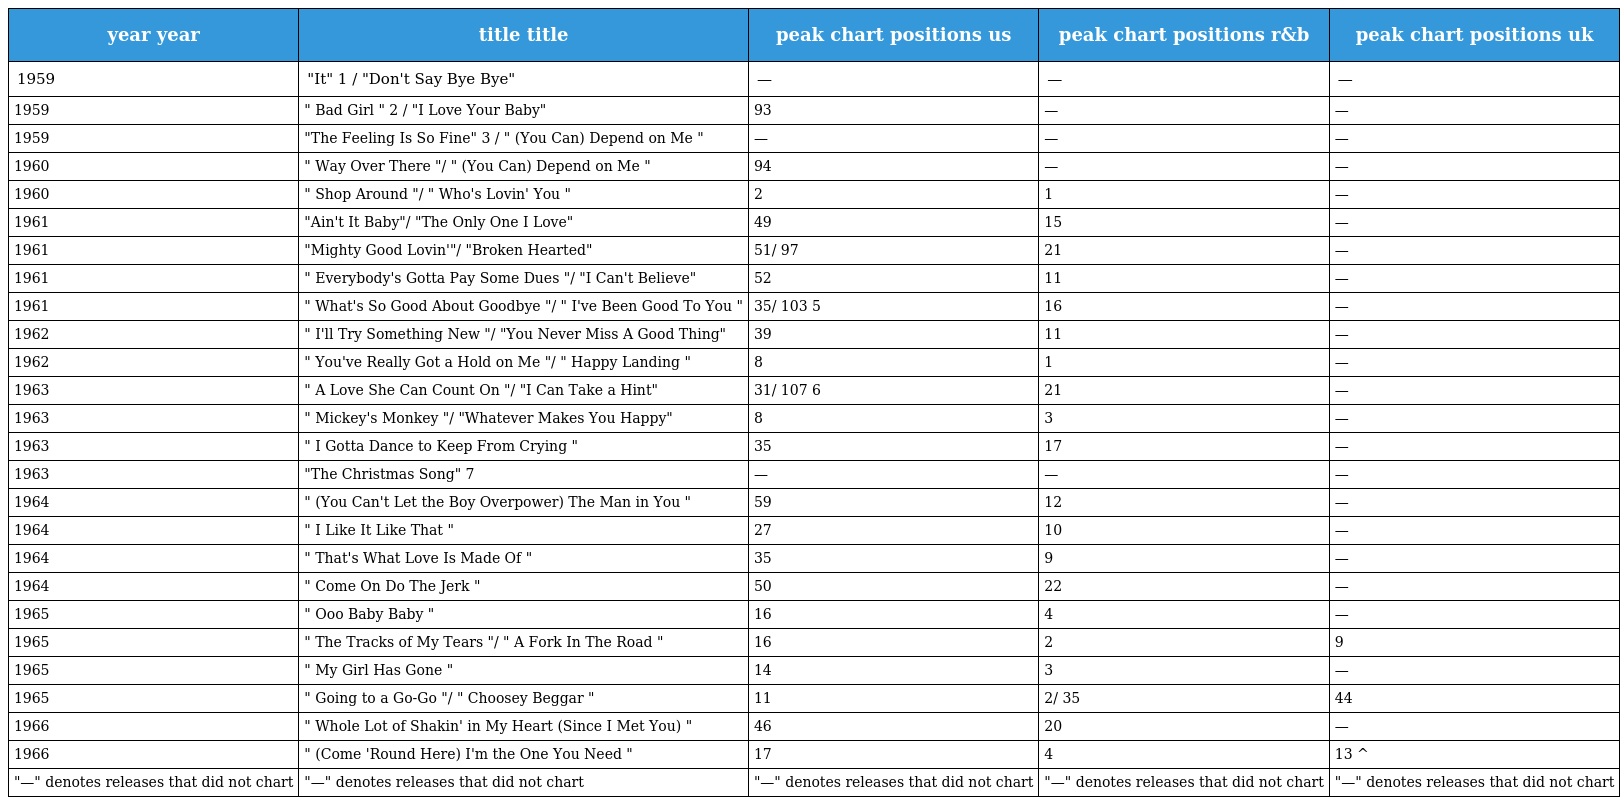
| year year | title title | peak chart positions us | peak chart positions r&b | peak chart positions uk |
 | --- | --- | --- | --- | --- |
 | 1959 | "It" 1 / "Don't Say Bye Bye" | — | — | — |
 | 1959 | " Bad Girl " 2 / "I Love Your Baby" | 93 | — | — |
 | 1959 | "The Feeling Is So Fine" 3 / " (You Can) Depend on Me " | — | — | — |
 | 1960 | " Way Over There "/ " (You Can) Depend on Me " | 94 | — | — |
 | 1960 | " Shop Around "/ " Who's Lovin' You " | 2 | 1 | — |
 | 1961 | "Ain't It Baby"/ "The Only One I Love" | 49 | 15 | — |
 | 1961 | "Mighty Good Lovin'"/ "Broken Hearted" | 51/ 97 | 21 | — |
 | 1961 | " Everybody's Gotta Pay Some Dues "/ "I Can't Believe" | 52 | 11 | — |
 | 1961 | " What's So Good About Goodbye "/ " I've Been Good To You " | 35/ 103 5 | 16 | — |
 | 1962 | " I'll Try Something New "/ "You Never Miss A Good Thing" | 39 | 11 | — |
 | 1962 | " You've Really Got a Hold on Me "/ " Happy Landing " | 8 | 1 | — |
 | 1963 | " A Love She Can Count On "/ "I Can Take a Hint" | 31/ 107 6 | 21 | — |
 | 1963 | " Mickey's Monkey "/ "Whatever Makes You Happy" | 8 | 3 | — |
 | 1963 | " I Gotta Dance to Keep From Crying " | 35 | 17 | — |
 | 1963 | "The Christmas Song" 7 | — | — | — |
 | 1964 | " (You Can't Let the Boy Overpower) The Man in You " | 59 | 12 | — |
 | 1964 | " I Like It Like That " | 27 | 10 | — |
 | 1964 | " That's What Love Is Made Of " | 35 | 9 | — |
 | 1964 | " Come On Do The Jerk " | 50 | 22 | — |
 | 1965 | " Ooo Baby Baby " | 16 | 4 | — |
 | 1965 | " The Tracks of My Tears "/ " A Fork In The Road " | 16 | 2 | 9 |
 | 1965 | " My Girl Has Gone " | 14 | 3 | — |
 | 1965 | " Going to a Go-Go "/ " Choosey Beggar " | 11 | 2/ 35 | 44 |
 | 1966 | " Whole Lot of Shakin' in My Heart (Since I Met You) " | 46 | 20 | — |
 | 1966 | " (Come 'Round Here) I'm the One You Need " | 17 | 4 | 13 ^ |
 | "—" denotes releases that did not chart | "—" denotes releases that did not chart | "—" denotes releases that did not chart | "—" denotes releases that did not chart | "—" denotes releases that did not chart |